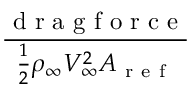
\frac { \mathrm { ~ d ~ r ~ a ~ g ~ f ~ o ~ r ~ c ~ e ~ } } { \frac 1 2 \rho _ { \infty } V _ { \infty } ^ { 2 } A _ { \mathrm { ~ r ~ e ~ f ~ } } }